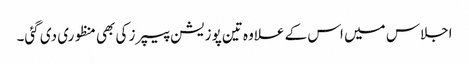
اجلاس میں اس کے علاوہ تین پوزیشن پیپرز کی بھی منظوری دی گئی۔